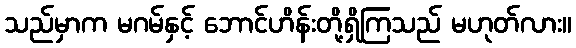
သည်မှာက မဂမ်နှင့် ဘောင်ဟိန်းတို့ရှိကြသည် မဟုတ်လား။